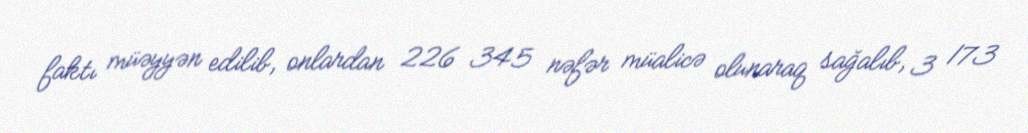
faktı müəyyən edilib, onlardan 226 345 nəfər müalicə olunaraq sağalıb, 3 173